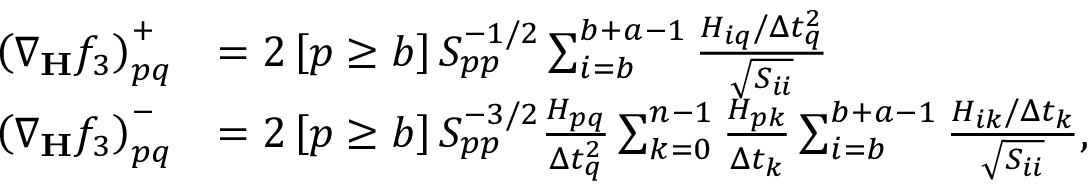
\begin{array} { r l } { \left( \nabla _ { \mathbf { H } } f _ { 3 } \right) _ { p q } ^ { + } } & { = 2 \left[ p \ge b \right] S _ { p p } ^ { - 1 / 2 } \sum _ { i = b } ^ { b + a - 1 } \frac { H _ { i q } / \Delta t _ { q } ^ { 2 } } { \sqrt { S _ { i i } } } } \\ { \left( \nabla _ { \mathbf { H } } f _ { 3 } \right) _ { p q } ^ { - } } & { = 2 \left[ p \ge b \right] S _ { p p } ^ { - 3 / 2 } \frac { H _ { p q } } { \Delta t _ { q } ^ { 2 } } \sum _ { k = 0 } ^ { n - 1 } \frac { H _ { p k } } { \Delta t _ { k } } \sum _ { i = b } ^ { b + a - 1 } \frac { H _ { i k } / \Delta t _ { k } } { \sqrt { S _ { i i } } } , } \end{array}